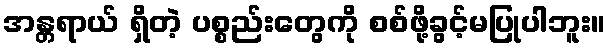
အန္တရာယ် ရှိတဲ့ ပစ္စည်းတွေကို စစ်ဖို့ခွင့်မပြုပါဘူး။